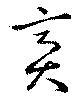
齎